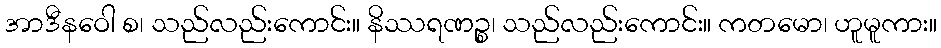
အာဒီနဝေါ စ၊ သည်လည်းကောင်း။ နိဿရဏဉ္စ၊ သည်လည်းကောင်း။ ကတမော၊ ဟူမူကား။